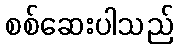
စစ်ဆေးပါသည်